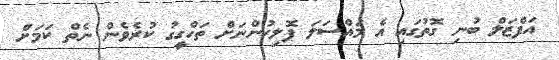
އަފްޒަލް ބުނި ގޮތުގައި އެ މައްސަލަ ޕޮލިހުންނަށް ތަހްގީގު ކުރެވެން ނެތް ކަމަށް